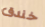
خندق